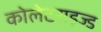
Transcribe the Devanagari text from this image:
कोलेटराइज्ड